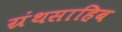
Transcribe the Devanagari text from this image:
ग्रंथसाहिब